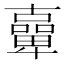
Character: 𠧉